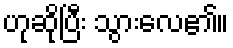
ဟုဆိုပြီး သွားလေ၏။